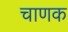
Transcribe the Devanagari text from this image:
चाणक